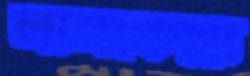
লালকেল্লা